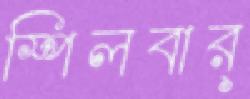
স্পিলবার্